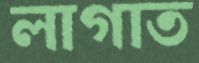
লাগাত